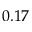
0 . 1 7